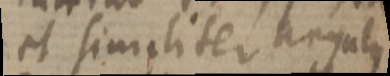
et similiter angulus